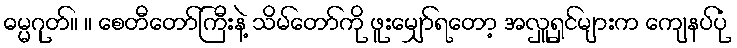
ဓမ္မဂုတ်။ ။ စေတီတော်ကြီးနဲ့ သိမ်တော်ကို ဖူးမျှော်ရတော့ အလှူရှင်များက ကျေနပ်ပုံ